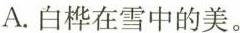
A.白桦在雪中的美。